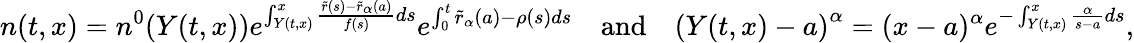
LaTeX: n(t,x)=n^{0}(Y(t,x))e^{\int_{Y(t,x)}^{x}{\frac{\tilde{r}(s)-\tilde{r}_{\alpha}(a)}{f(s)}ds}}e^{\int_{0}^{t}{\tilde{r}_{\alpha}(a)-\rho(s)ds}}\quad\mathrm{and}\quad\left(Y(t,x)-a\right)^{\alpha}=(x-a)^{\alpha}e^{-\int_{Y(t,x)}^{x}{\frac{\alpha}{s-a}}ds},